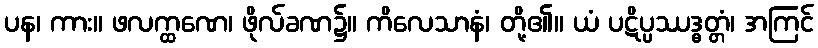
ပန၊ ကား။ ဖလက္ထဏေ၊ ဖိုလ်ခဏ၌။ ကိလေသာနံ၊ တို့၏။ ယံ ပဋိပ္ပဿဒ္ဓတ္တံ၊ အကြင်